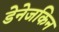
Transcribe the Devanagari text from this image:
डेनेजकिन